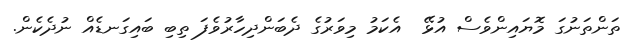
ތަންތަނުގަ މޮޔައިންވެސް އުޅޭ  އެކަމު މިވަރުގެ ދެބަންދިހާރުވެފަ ތިބި ބައިގަނޑެއް ނުދެކެން.